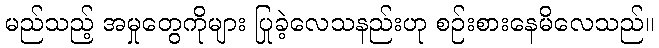
မည်သည့် အမှုတွေကိုများ ပြုခဲ့လေသနည်းဟု စဉ်းစားနေမိလေသည်။